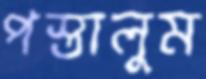
পস্তালুম